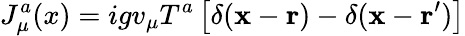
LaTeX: J_{\mu}^{a}(x)=igv_{\mu}T^{a}\left[\delta({\mathbf x}-{\mathbf r})-\delta({\mathbf x}-{\mathbf r}^{\prime})\right]